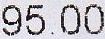
95.00